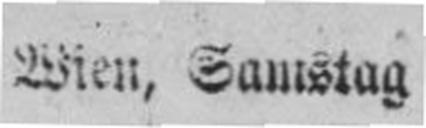
Wien, Samstag